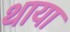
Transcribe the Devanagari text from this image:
थाया